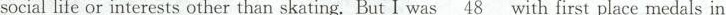
social life or interests other than skating. But I was\underline{48} with first place medals in